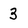
Character: 3